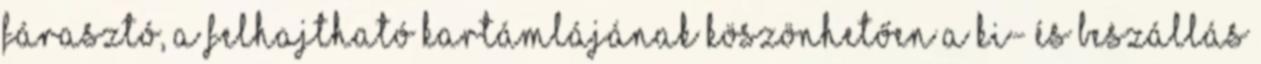
fárasztó, a felhajtható kartámlájának köszönhetően a ki- és beszállás